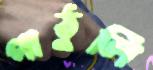
পাঠুলি